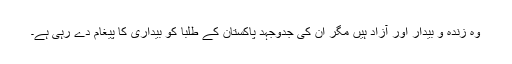
وہ زندہ و بیدار اور آزاد ہیں مگر ان کی جدوجہد پاکستان کے طلبا کو بیداری کا پیغام دے رہی ہے۔